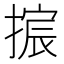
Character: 𫽴